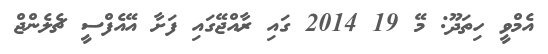
އެމްވީ ހިތަދޫ: މޭ 19 2014 ގައި ރާއްޖޭގައި ފަށާ އޭއެފްސީ ޗެލެންޖް